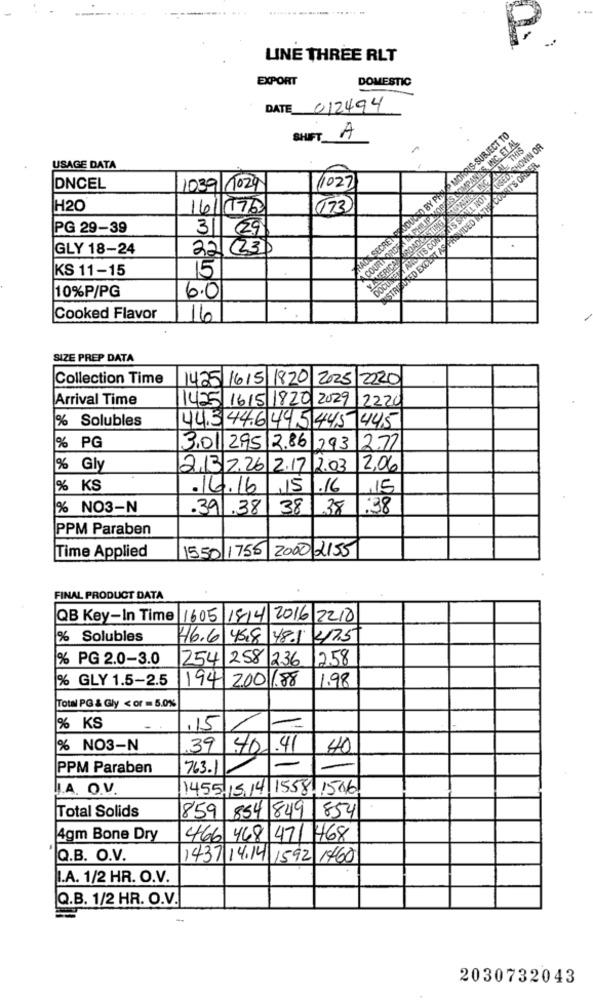
P.
LINE THREE RLT
EXPORT
DOMESTIC
DATE 012494
-SUBJECT TO
SHIFT A
USAGE DATA
TAILORED EXCENT AS PASVIDED IXTHECOSET'S
NC
DNCEL
1039 1029
(1027
BY PF
H20
16/178
173
PG 29-39
31 29
GLY 18-24
22 (23)
N'SSUA NOS SI
KS 11-15
15
10%P/PG
6.0
Cooked Flavor
16
SIZE PREP DATA
Collection Time
1425 1615/ 1820 2025 2220
Arrival Time
1425 1615 1820 2029
2220
% Solubles
44.3 44.6495445445
% PG
3.01 2,95 2.86 293
2.77
% Gly
2,13 2.26 2.17 2.03
12.06
% KS
.16.16 ,15 .16
,15
% NO3-N
.391.38
38
1 38
:38
PPM Paraben
Time Applied
1550 1755 2000 2155
FINAL PRODUCT DATA
QB Key-In Time
1605 1814/2016 2210
% Solubles
46.6 45,8 48.1 475
% PG 2.0-3.0
254 258 236
1258
% GLY 1.5-2.5
194 2.00 1.88
1.98
Total PG & Gly < or = 5.0%
% KS
.15
% NO3-N
.39
40
.41
40
PPM Paraben
763.1
-
I.A. O.V.
1455,1514 1558-1516
Total Solids
859 854 849 854
4gm Bone Dry
466 468 471 468
Q.B. O.V.
1437 14.14 1592 1460
I.A. 1/2 HR. O.V.
Q.B. 1/2 HR. O.V.
2030732043